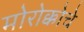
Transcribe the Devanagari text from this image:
मोरोक्कोचे